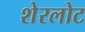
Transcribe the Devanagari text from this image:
शेरलोट